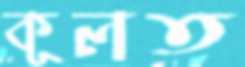
কূলত